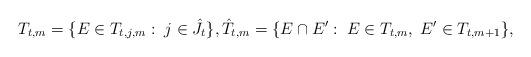
LaTeX: \begin{align*}T_{t,m} = \{E\in T_{t,j,m}:\; j\in \hat J_t\}, \hat T_{t,m}= \{E\cap E':\; E\in T_{t,m}, \; E'\in T_{t,m+1}\},\end{align*}